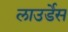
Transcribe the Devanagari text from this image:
लाउर्डेस